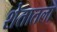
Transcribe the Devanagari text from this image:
शेतातला